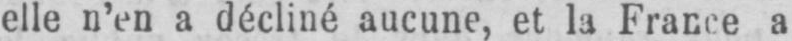
elle n’en a décliné aucune, et la France a